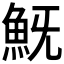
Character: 𩵪